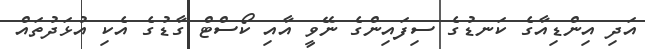
އަދި އިންޑިއާގެ ކަނޑުގެ ސިފައިންގެ ނޭވީ އާއި ކޯސްޓް ގާޑުގެ އެކި އުޅަދުތައް